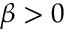
\beta > 0